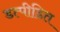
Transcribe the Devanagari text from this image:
डत्पीडित